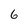
Character: 6